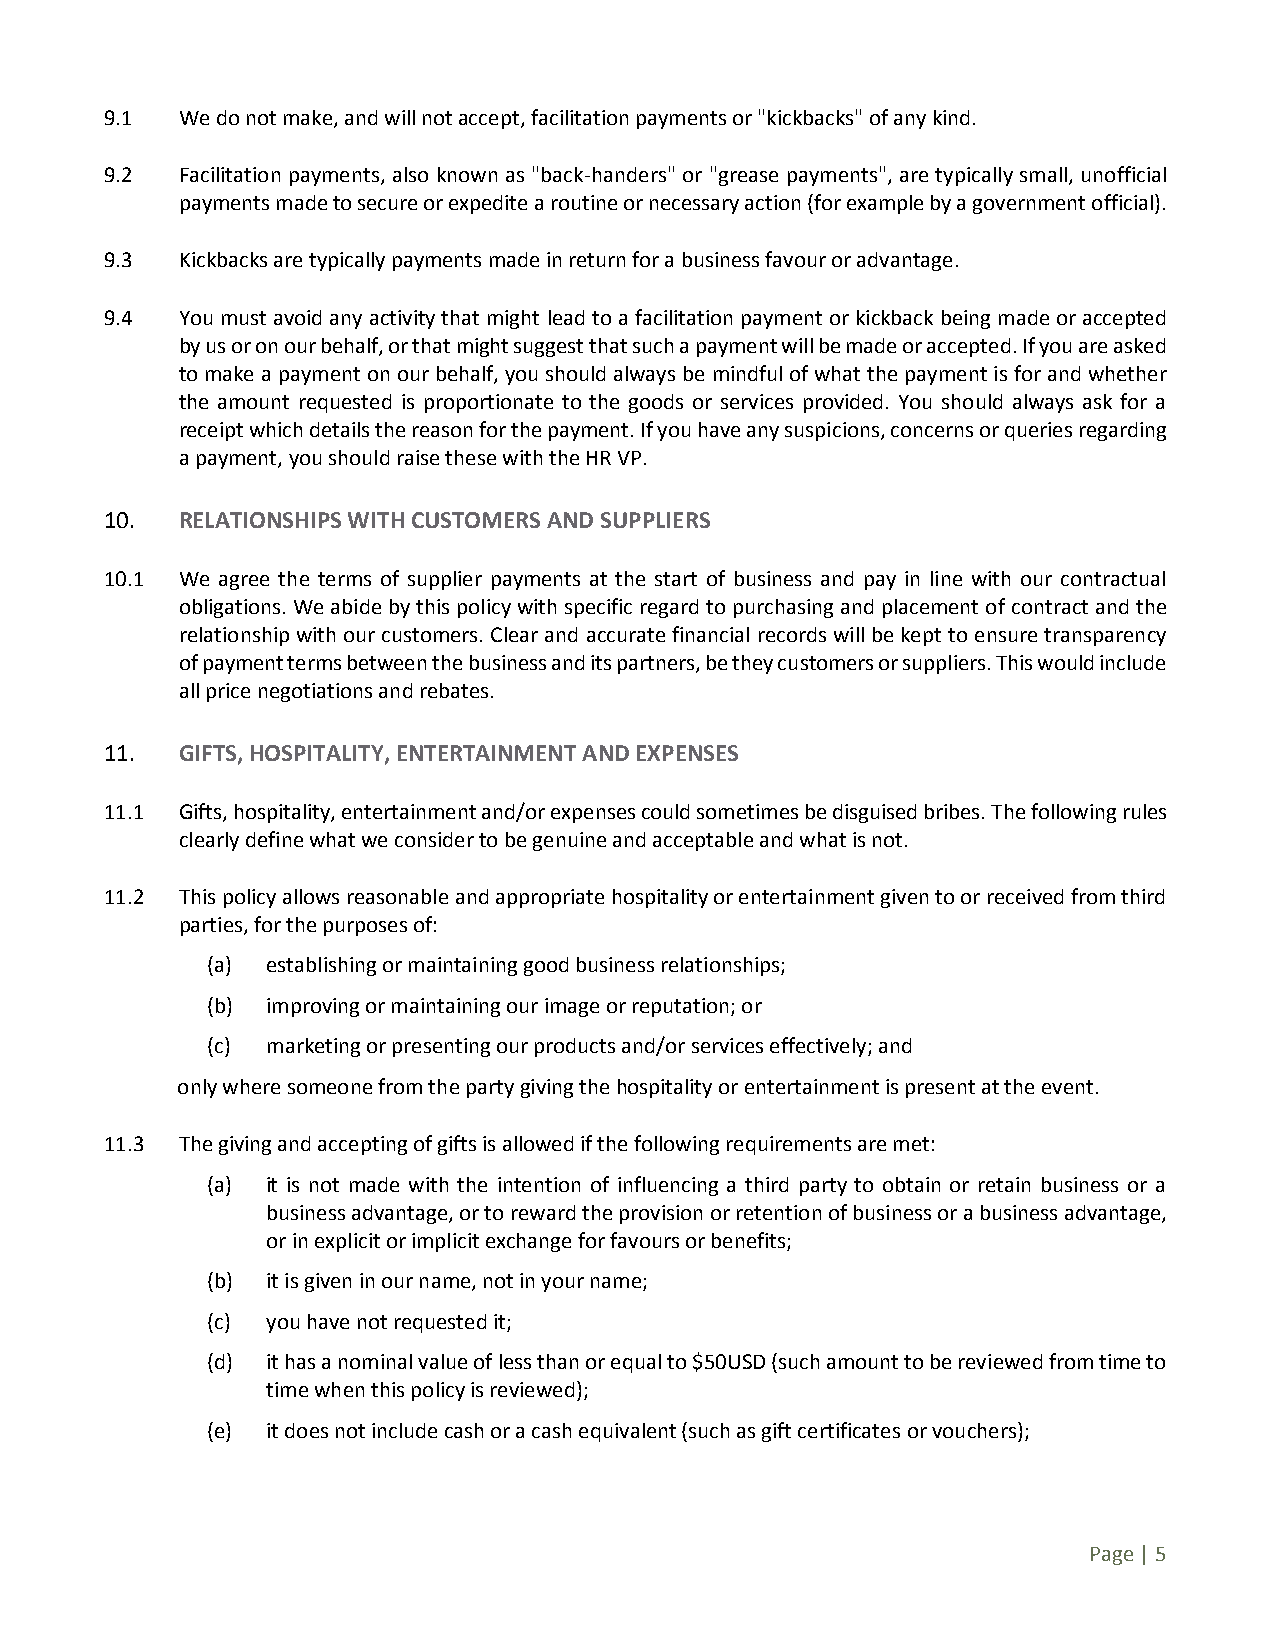
9.1  We do not make, and will not accept, facilitation payments or "kickbacks" of any kind.
 9.2  Facilitation payments, also known as "back-handers" or "grease payments", are typically small, unofficial
 payments made to secure or expedite a routine or necessary action (for example by a government official).
 9.3  Kickbacks are typically payments made in return for a business favour or advantage.
 9.4  You must avoid any activity that might lead to a facilitation payment or kickback being made or accepted
 by us or on our behalf, or that might suggest that such a payment will be made or accepted. If you are asked
 to make a payment on our behalf, you should always be mindful of what the payment is for and whether
 the amount requested is proportionate to the goods or services provided. You should always ask for a
 receipt which details the reason for the payment. If you have any suspicions, concerns or queries regarding
 a payment, you should raise these with the HR VP.
 10.  RELATIONSHIPS WITH CUSTOMERS AND SUPPLIERS
 10.1 We agree the terms of supplier payments at the start of business and pay in line with our contractual
 obligations. We abide by this policy with specific regard to purchasing and placement of contract and the
 relationship with our customers. Clear and accurate financial records will be kept to ensure transparency
 of payment terms between the business and its partners, be they customers or suppliers. This would include
 all price negotiations and rebates.
 11.  GIFTS, HOSPITALITY, ENTERTAINMENT AND EXPENSES
 11.1 Gifts, hospitality, entertainment and/or expenses could sometimes be disguised bribes. The following rules
 clearly define what we consider to be genuine and acceptable and what is not.
 11.2 This policy allows reasonable and appropriate hospitality or entertainment given to or received from third
 parties, for the purposes of:
 (a) establishing or maintaining good business relationships;
 (b) improving or maintaining our image or reputation; or
 (c) marketing or presenting our products and/or services effectively; and
 only where someone from the party giving the hospitality or entertainment is present at the event.
 11.3 The giving and accepting of gifts is allowed if the following requirements are met:
 (a) it is not made with the intention of influencing a third party to obtain or retain business or a
 business advantage, or to reward the provision or retention of business or a business advantage,
 or in explicit or implicit exchange for favours or benefits;
 (b) it is given in our name, not in your name;
 (c) you have not requested it;
 (d) it has a nominal value of less than or equal to $50USD (such amount to be reviewed from time to
 time when this policy is reviewed);
 (e) it does not include cash or a cash equivalent (such as gift certificates or vouchers);
 Page | 5